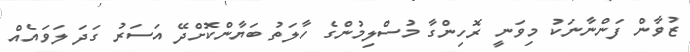
ޒުވާން ފަންނާނަކު މިވަނީ ރޮހިންގާ މުސްލިމުންގެ ހާލަތު ބަޔާންކޮށްދޭ އަސަރު ގަދަ ލަވައެއް